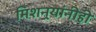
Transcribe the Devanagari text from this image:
मिशनर्‍यांनीही